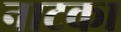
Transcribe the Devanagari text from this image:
नाटका